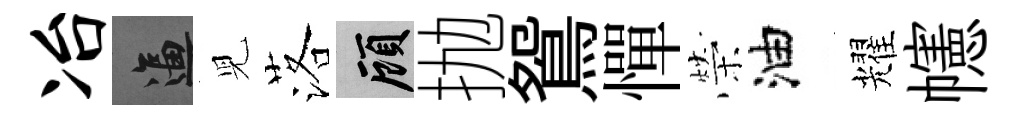
冶逼児落顧抛鴛憚榮油耀幰